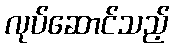
လုပ်ဆောင်သည့်